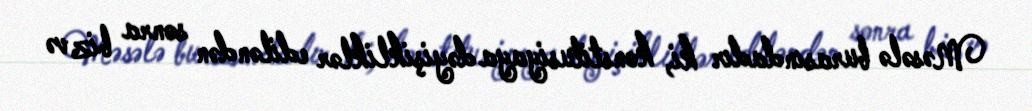
Məsələ burasındadır ki, konstitusiyaya dəyişikliklər ediləndən sonra biz və